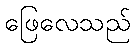
ဖြေလေသည်